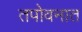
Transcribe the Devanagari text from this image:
तपोवनात